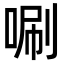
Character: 唰